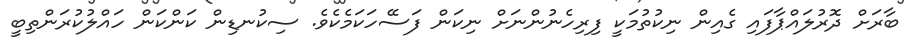
ބާރަށް ދޮރުލައްޕާފައި ގެއިން ނިކުތުމަކީ ފިރިހެނުންނަށް ނިކަން ފަސޭހަކަމެކެވެ. ސިކުނޑިން ކަންކަން ހައްލުކުރަންތިބީ